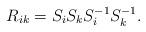
LaTeX: \begin{align*}R_{ik}=S_i S_k S^{-1}_i S^{-1}_k. \end{align*}